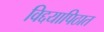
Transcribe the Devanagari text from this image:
विद्दयापिठात